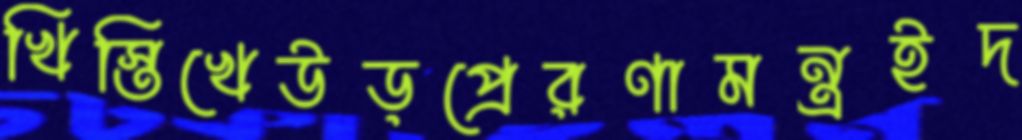
খিস্তিখেউড়প্রেরণামন্ত্রইদ